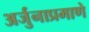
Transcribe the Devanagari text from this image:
अर्जुनाप्रमाणे